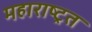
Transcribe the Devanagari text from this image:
महाराष्ट्रत